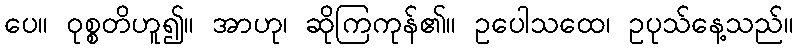
ပေ။ ဝုစ္စတိဟူ၍။ အာဟု၊ ဆိုကြကုန်၏။ ဥပေါသထေ၊ ဥပုသ်နေ့သည်။